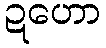
ဍဟော